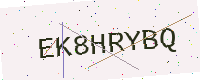
Text: EK8HRYBQ